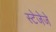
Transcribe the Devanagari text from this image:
स्टेजेजे